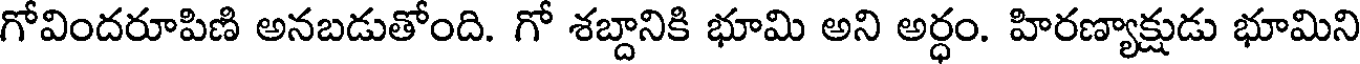
గోవిందరూపిణి అనబడుతోంది. గో శబ్దానికి భూమి అని అర్ధం. హిరణ్యాక్షుడు భూమిని